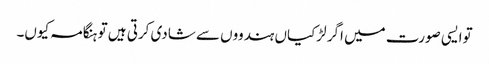
توایسی صورت میں اگر لڑکیاں ہندووں سے شادی کرتی ہیں تو ہنگامہ کیوں۔